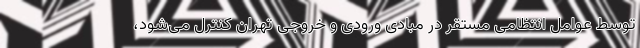
توسط عوامل انتظامی مستقر در مبادی ورودی و خروجی تهران کنترل می‌شود،